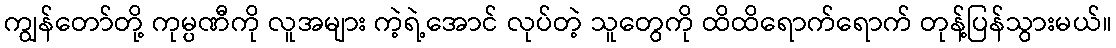
ကျွန်တော်တို့ ကုမ္ပဏီကို လူအများ ကဲ့ရဲ့အောင် လုပ်တဲ့ သူတွေကို ထိထိရောက်ရောက် တုန့်ပြန်သွားမယ်။